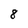
Character: 8